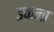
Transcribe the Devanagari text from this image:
इकना